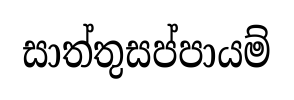
සාත්තුසප්පායම්